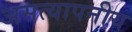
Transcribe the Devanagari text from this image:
असत्यापनीय